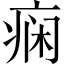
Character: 痫